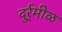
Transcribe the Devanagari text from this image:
दुर्र्मीळ